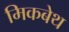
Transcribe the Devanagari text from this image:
मिकबेथ